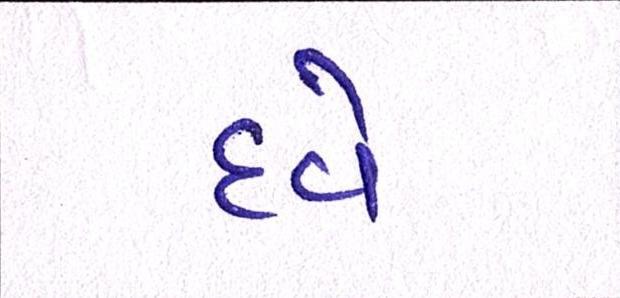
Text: દવે